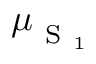
\boldsymbol { \mu } _ { \mathrm { ~ S ~ } _ { 1 } }